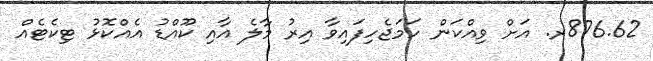
876.62ރ. އަށް ވިއްކަން ހަމަޖެހިފައިވާ އިރު މާލެ އާއި ކޫއްޑު އެއްކޮޅު ޓިކެޓެއް